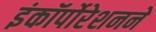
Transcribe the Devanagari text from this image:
इंकॉर्पोरेशनने